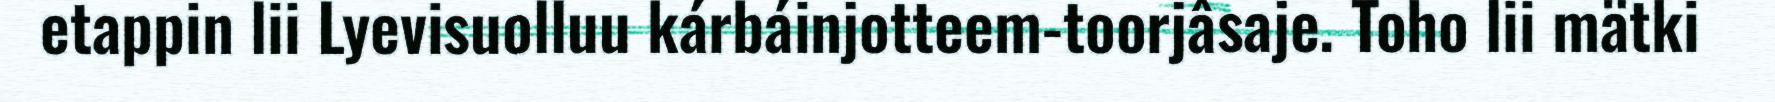
etappin lii Lyevisuolluu kárbáinjotteem-toorjâsaje. Toho lii mätki